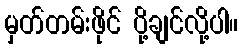
မှတ်တမ်းဖိုင် ပို့ချင်လို့ပါ။